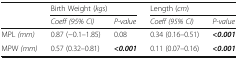
<table><thead><tr><td rowspan="2"></td><td colspan="2"><b>Birth Weight (<i>kgs</i>)</b></td><td colspan="2"><b>Length (<i>cm</i>)</b></td></tr><tr><td><b><i>Coeff (95% CI)</i></b></td><td><b><i>P-value</i></b></td><td><b><i>Coeff (95% CI)</i></b></td><td><b><i>P-value</i></b></td></tr></thead><tbody><tr><td>MPL <i>(mm)</i></td><td>0.87 (−0.1–1.85)</td><td>0.08</td><td>0.34 (0.16–0.51)</td><td><b><i>&lt;0.001</i></b></td></tr><tr><td>MPW <i>(mm)</i></td><td>0.57 (0.32–0.81)</td><td><b><i>&lt;0.001</i></b></td><td>0.11 (0.07–0.16)</td><td><b><i>&lt;0.001</i></b></td></tr></tbody></table>